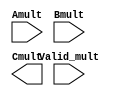
module qlal4s3_mult_32x32_cell (
    input  [31:0] Amult,
    input  [31:0] Bmult,
    input  [ 1:0] Valid_mult,
    output [63:0] Cmult
);

endmodule